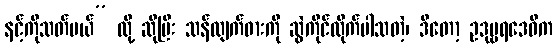
နင့်ကိုသတ်မယ်” လို့ ဆိုပြီး သန်လျက်ဓားကို ဆွဲကိုင်လိုက်ပါသတဲ့၊ ဒီတော့ ဥဒုမ္ဗရဒေဝီက